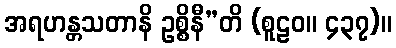
အရဟန္တသတာနိ ဥစ္စိနီ”တိ (စူဠဝ။ ၄၃၇)။